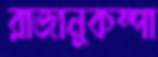
রাজানুকম্পা